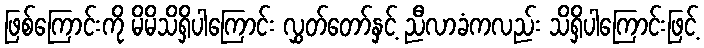
ဖြစ်ကြောင်းကို မိမိသိရှိပါကြောင်း လွှတ်တော်နှင့် ညီလာခံကလည်း သိရှိပါကြောင်းဖြင့်